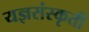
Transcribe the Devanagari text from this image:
यज्ञसंस्कृती